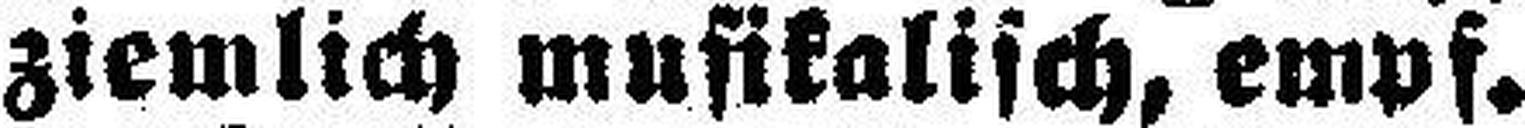
ziemlich musikalisch, empf.